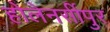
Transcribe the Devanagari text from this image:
होलेनर्सीपुर